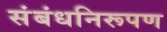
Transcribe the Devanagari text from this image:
संबंधनिरूपण